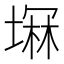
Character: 𫮚